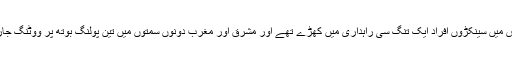
شدید حبس میں سینکڑوں افراد ایک تنگ سی راہداری میں کھڑے تھے اور مشرق اور مغرب دونوں سمتوں میں تین پولنگ بوتھ پر ووٹنگ جاری تھی ۔